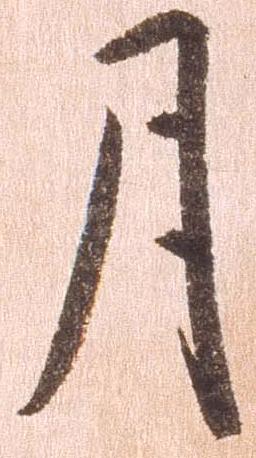
月